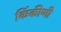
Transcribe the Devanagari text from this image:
किंकीणी